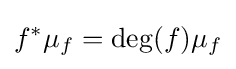
f^{*}\mu _{f}=\deg(f)\mu _{f}